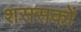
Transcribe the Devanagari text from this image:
शससकों